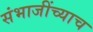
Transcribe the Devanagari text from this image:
संभाजींच्याच